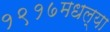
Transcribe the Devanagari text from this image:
१९१७मधल्या